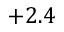
+ 2 . 4